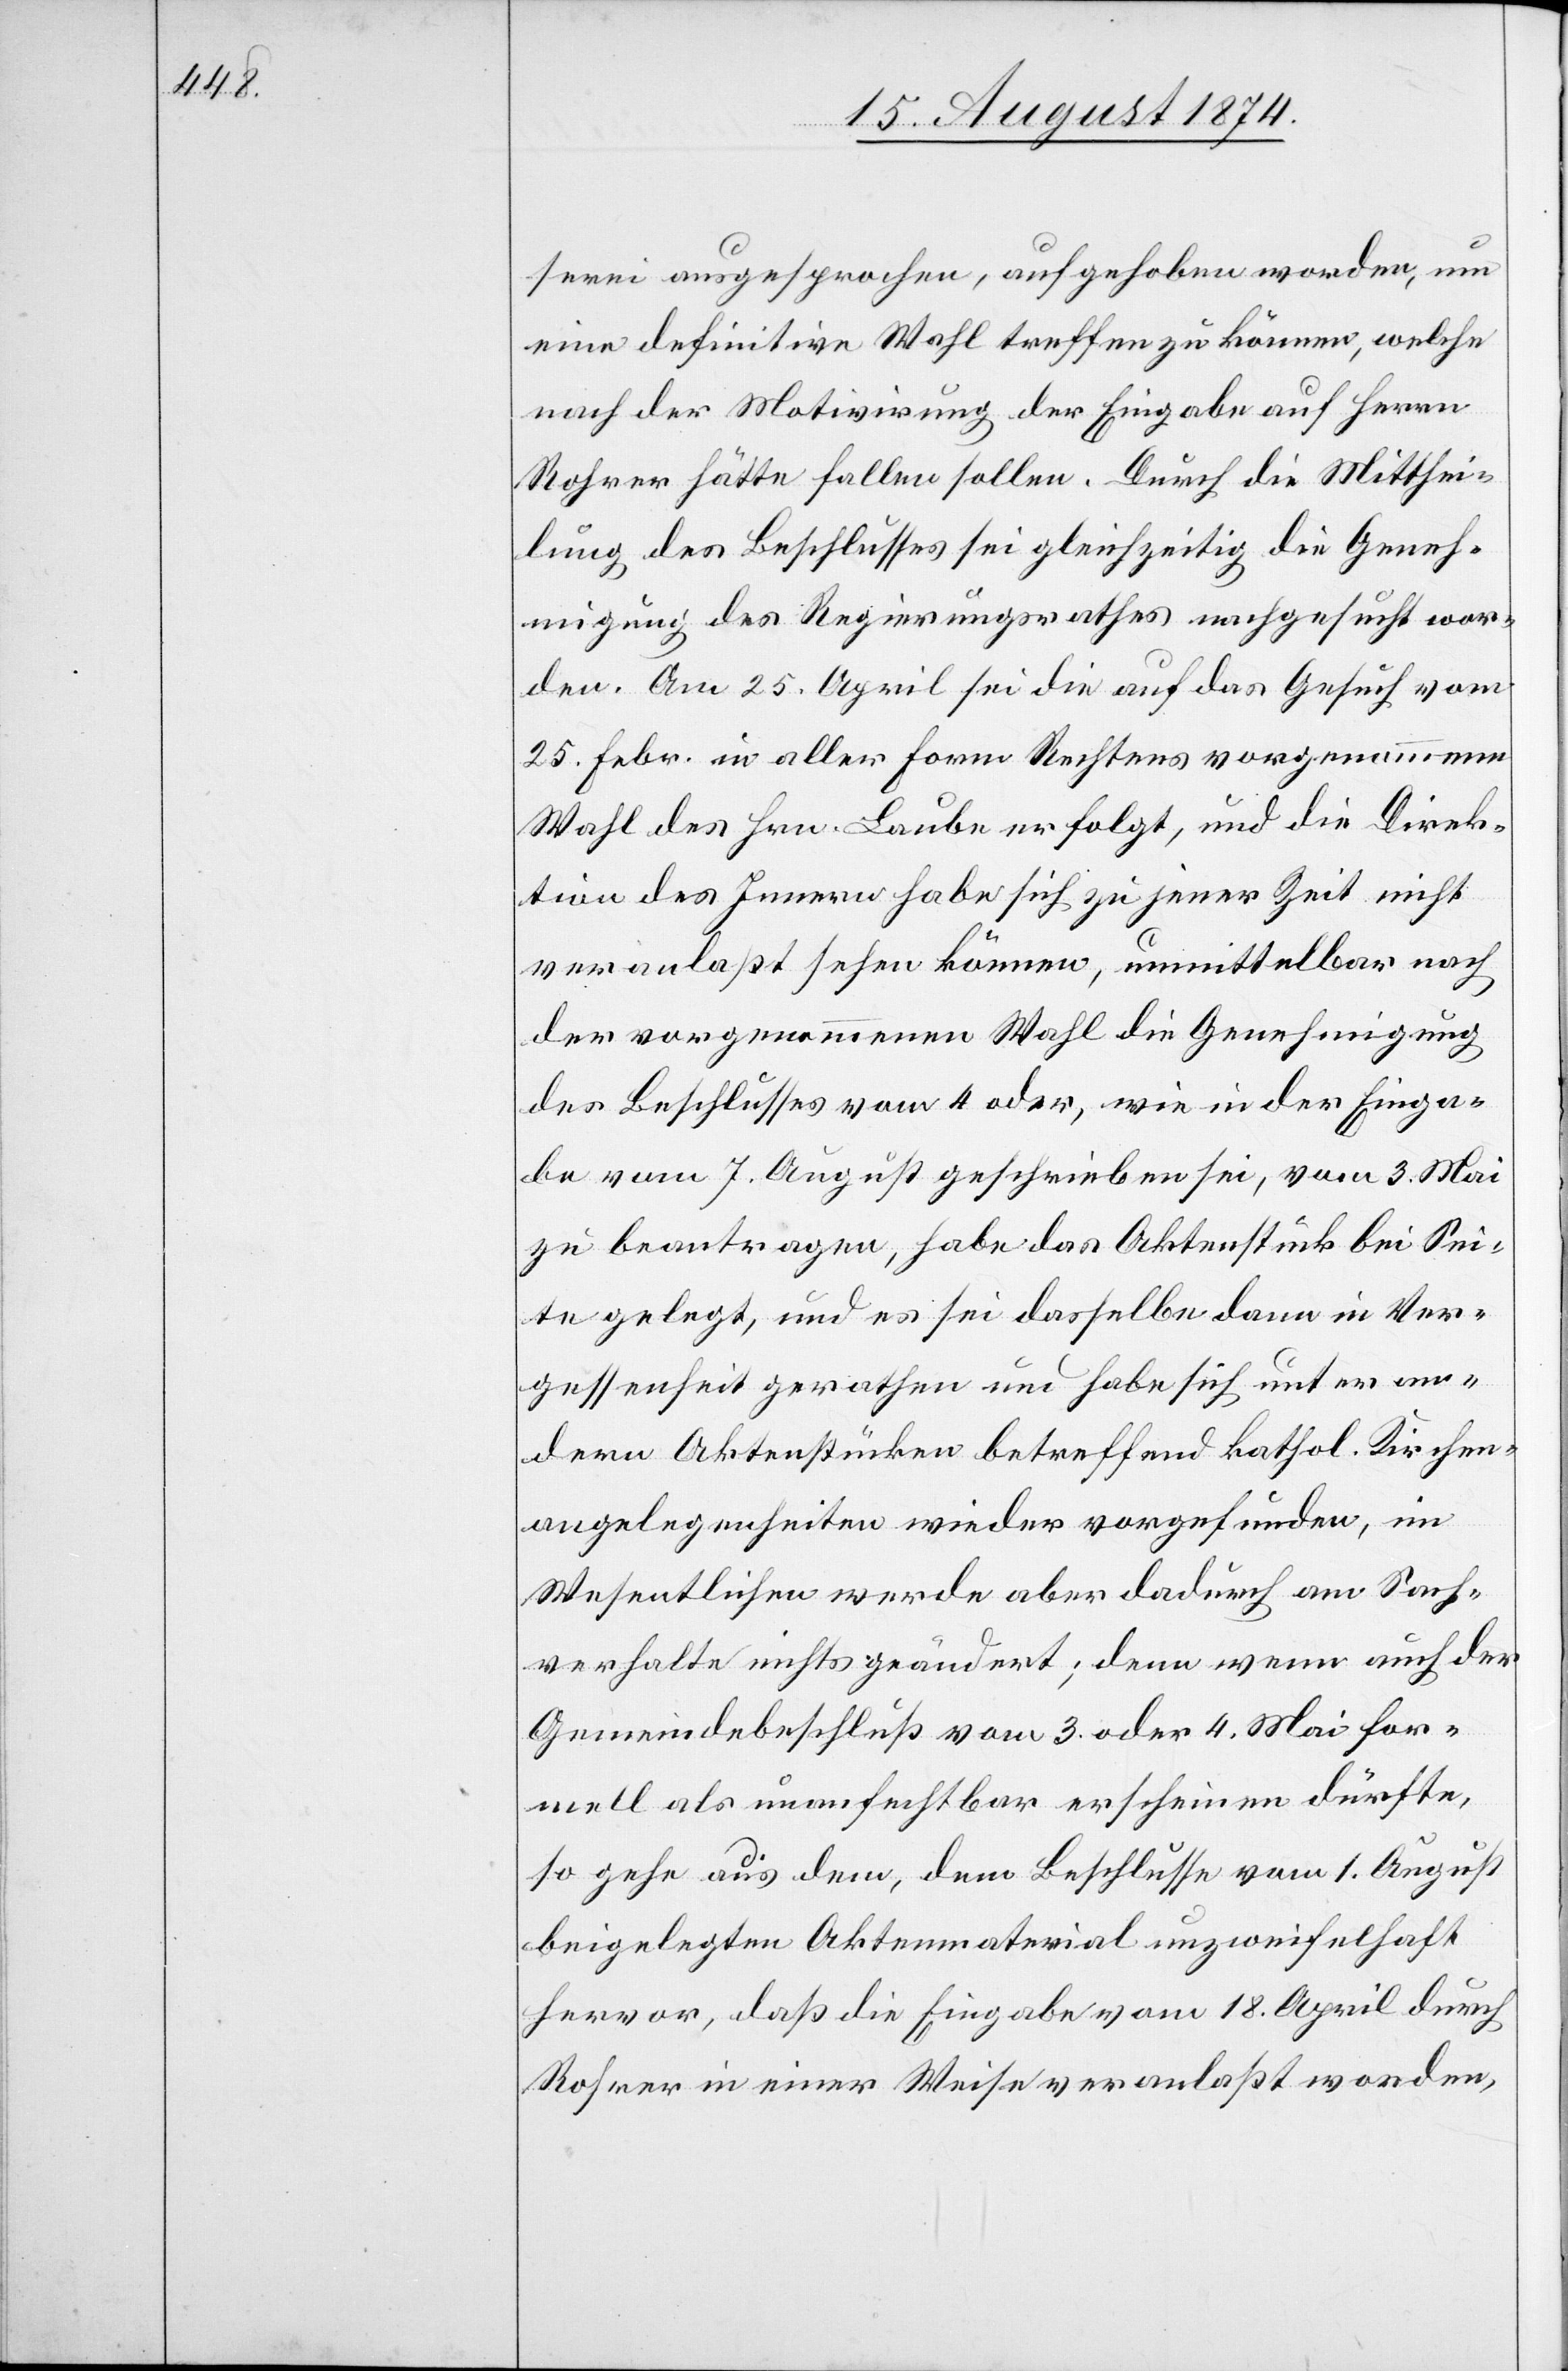
serei ausgesprochen, aufgehoben worden, um
eine definitive Wahl treffen zu können, welche
nach der Motivirung der Eingabe auf Herrn
Rohrer hätte fallen sollen. Durch die Mitthei¬
lung des Beschlusses sei gleichzeitig die Geneh¬
migung des Regierungsrathes nachgesucht wor¬
den. Am 25. April sei die auf das Gesuch vom
25. Febr. in aller Form Rechtens vorgenommene
Wahl des Hrn. Laube erfolgt, und die Direk¬
tion des Innern habe sich zu jener Zeit nicht
veranlaßt sehen können, unmittelbar nach
der vorgenommenen Wahl die Genehmigung
des Beschlusses vom 4. oder, wie in der Einga¬
be vom 7. August geschrieben sei, vom 3. Mai
zu beantragen, habe das Aktenstück bei Sei¬
te gelegt, und es sei dasselbe dann in Ver¬
gessenheit gerathen und habe sich unter an¬
dern Aktenstücken betreffend kathol. Kirchen¬
angelegenheiten wieder vorgefunden, im
Wesentlichen werde aber dadurch am Sach¬
verhalte nichts geändert; denn wenn auch der
Gemeindebeschluß vom 3. oder 4. Mai for¬
mell als unanfechtbar erscheinen dürfte,
so gehe aus dem, dem Beschlusse vom 1. August
beigelegten Aktenmaterial unzweifelhaft
hervor, daß die Eingabe vom 18. April durch
Rohrer in einer Weise veranlaßt worden,